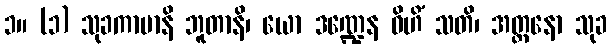
၁။ (၁) သုခကာမာနိ ဘူတာနိ၊ ယော ဒဏ္ဍေန ဝိဟိံ သတိ၊ အတ္တနော သုခ